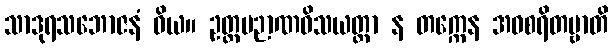
သာဒုရသဘောဇနံ ဝိယ။ ဥတ္တမဉာဏဝိသယတ္တာ န တက္ကေန အဝစရိတဗ္ဗာတိ